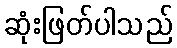
ဆုံးဖြတ်ပါသည်